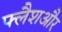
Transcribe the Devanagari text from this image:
फ्लैशऔर